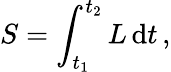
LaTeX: S=\int_{t_{1}}^{t_{2}}L\, \mathrm{d}t\, ,